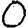
Digit: 0